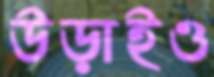
উড়াইও